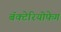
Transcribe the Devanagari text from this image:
बॅक्टेरियोफेग